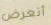
أتعرض